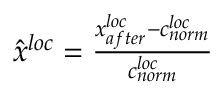
\begin{array} { r } { \hat { x } ^ { l o c } = \frac { x _ { a f t e r } ^ { l o c } - c _ { n o r m } ^ { l o c } } { c _ { n o r m } ^ { l o c } } } \end{array}